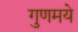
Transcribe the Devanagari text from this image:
गुणमये